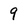
Character: 9